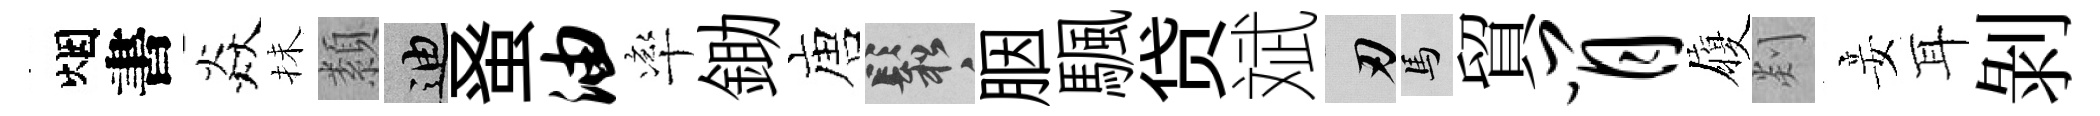
烟書焱抺纇迪𫊫油率鋤唐鬆胭颿贷斌刃馬貿肖履剡妾耳剝